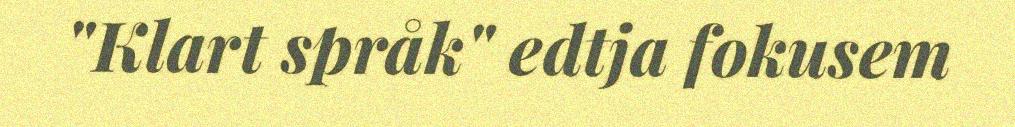
"Klart språk" edtja fokusem